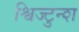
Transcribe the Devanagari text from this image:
श्विज्टुन्श